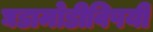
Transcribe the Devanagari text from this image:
घडामोडीविषयी